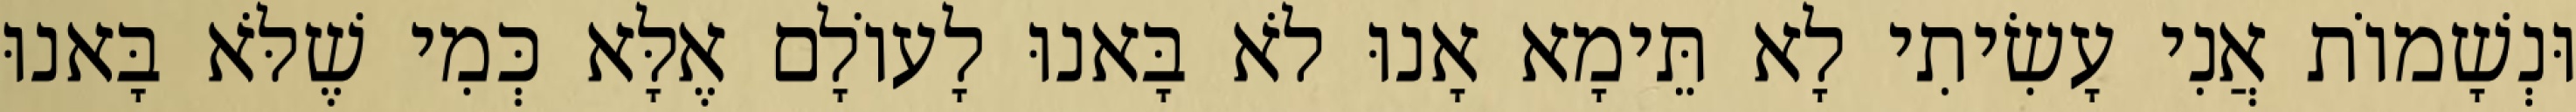
וּנְשָׁמוֹת אֲנִי עָשִׂיתִי לָא תֵּימָא אָנוּ לֹא בָּאנוּ לָעוֹלָם אֶלָּא כְּמִי שֶׁלֹּא בָּאנוּ